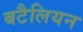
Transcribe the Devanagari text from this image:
बटैलियन